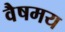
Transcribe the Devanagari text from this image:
वैषमय